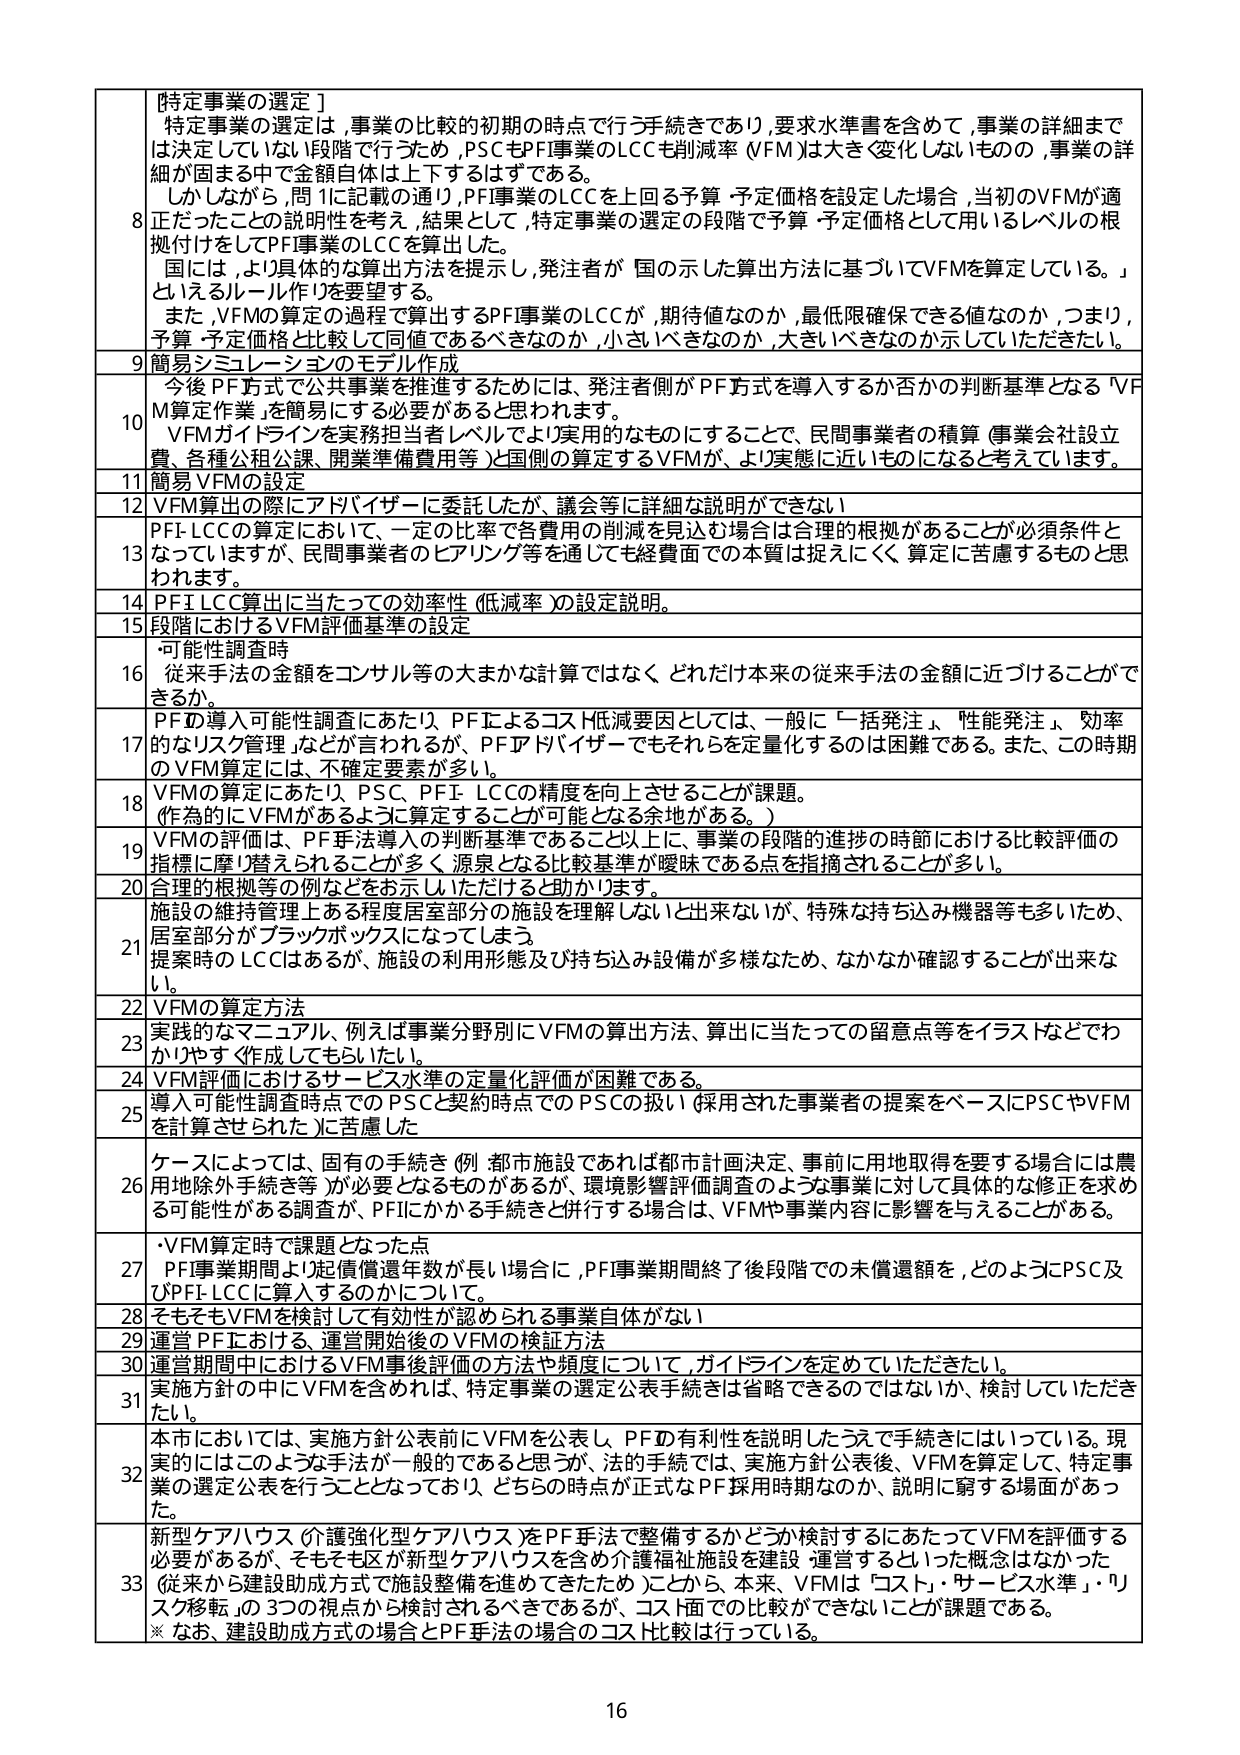
[特定事業の選定]
特定事業の選定は、事業の比較的初期の時点で行う手続きであり、要求水準書を含めて、事業の詳細までは決定していない段階で行うため、PSCもPF事業のLCCも削減率（VFM）は大きく変化しないものの、事業の詳細が固まる中で金額自体は上下するはずである。
しかしながら、問1に記載の通り、PF事業のLCCを上回る予算・予定価格を設定した場合、当初のVFMが適正だったことの説明性を考え、結果として、特定事業の選定の段階で予算・予定価格として用いるレベルの根拠付けをしてPF事業のLCCを算出した。
国には、より具体的な算出方法を提示し、発注者が国の示した算出方法に基づいてVFMを算定している。」というルール作りを要望する。
また、VFMの算定の際に算定するPF事業のLCCが、期待値なのか、最低限確保できる値なのか、つまり、予算・予定価格と比較して同値であるべきなのか、小さいべきなのか、大きいべきなのか示していただきたい。

9 簡易シミュレーションのモデル作成
10 今後PF方式で公共事業を推進するためには、発注者側がPF方式を導入するか否かの判断基準となる「VFM算定作業」を簡易にする必要があると思われます。
VFMガイドラインを実務担当者レベルでより実用的なものにすることで、民間事業者の積算（事業会社設立費、各種公租公課、開業準備費用等）と国側の算定するVFMが、より実態に近いものになると考えています。

11 簡易VFMの設定
12 VFM算出の際にアドバイザーに委託したが、議会等に詳細な説明ができない

13 PFI-LCCの算定において、一定の比率で各費用の削減を見込む場合は合理的根拠があることが必須条件となっていますが、民間事業者のヒアリング等を通じても経費面での本質は捉えにくく、算定に苦慮するものと思われます。

14 PFI LCC算出に当たっての効率性（低減率）の設定説明。

15 段階におけるVFM評価基準の設定

16 ・可能性調査時
従来手法の金額をコンサル等の大まかな計算ではなく、どれだけ本来の従来手法の金額に近づけることができるか。

17 PFの導入可能性調査にあたり、PFによるコスト低減要因としては、一般に「一括発注」、「性能発注」、「効率的なリスク管理」などが言われるが、PFアドバイザーでもそれらを定量化するのは困難である。また、この時期のVFM算定には、不確定要素が多い。

18 VFMの算定にあたり、PSC、PFI、LCCの精度を向上させることが課題。
（作為的にVFMがあるように算定することが可能となる余地がある。）

19 VFMの評価は、PF手法導入の判断基準であること以上に、事業の段階的進捗の時節における比較評価の指標に磨り替えられることが多く、源泉となる比較基準が曖昧である点を指摘されることが多い。

20 合理的根拠等の例などを示し、いただけると助かります。

21 施設の維持管理上ある程度居室部分の施設を理解しないと出来ないが、特殊な持ち込み機器等も多いため、居室部分がブラックボックスになってしまう。
提案時のLCCはあるが、施設の利用形態及び持ち込み設備が多様なため、なかなか確認することが出来ない。

22 VFMの算定方法

23 実践的なマニュアル、例えば事業分野別にVFMの算出方法、算出に当たっての留意点等をイラストなどでわかりやすく作成してもらいたい。

24 VFM評価におけるサービス水準の定量化評価が困難である。

25 導入可能性調査時点でのPSCと契約時点でのPSCの扱い（採用された事業者の提案をベースにPSCやVFMを計算させられた）に苦慮した

26 ケースによっては、固有の手続き（例：都市施設であれば都市計画決定、事前に用地取得を要する場合には農用地除外手続等）が必要となるものがあるが、環境影響評価調査のような事業に対して具体的な修正を求める可能性がある調査、PFIにかかる手続きと併行する場合は、VFMや事業内容に影響を与えることがある。

27 ・VFM算定時で課題となった点
PF事業期間より起債償還年数が長い場合に、PF事業期間終了後段階での未償還額を、どのようにPSC及びPFI-LCCに算入するのかについて。

28 そもそもVFMを検討して有効性が認められる事業自体がない

29 運営PFにおける、運営開始後のVFMの検証方法

30 運営期間中におけるVFM事後評価の方法や頻度について、ガイドラインを定めていただきたい。

31 実施方針の中にVFMを含めれば、特定事業の選定公表手続きは省略できるのではないか、検討していただきたい。

32 本市においては、実施方針公表前にVFMを公表し、PFの有利性を説明したうえで手続きにはいっている。現実的にはこのような手法が一般的であると思うが、法的手続きでは、実施方針公表後、VFMを算定して、特定事業の選定公表を行うこととなっており、どちらの時点が正式なPF採用時期なのか、説明に窮する場面があった。

33 新型ケアハウス（介護強化型ケアハウス）をPF手法で整備するかどうか検討するにあたってVFMを評価する必要があるが、そもそも区が新型ケアハウスを含め介護福祉施設を建設・運営するといった概念はなかった（従来から建設助成方式で施設整備を進めてきたため）ことから、本来、VFMは「コスト」・「サービス水準」・「リスク移転」の3つの視点から検討されるべきであるが、コスト面での比較ができないことが課題である。
※ なお、建設助成方式の場合とPF手法の場合のコスト比較は行っている。

16